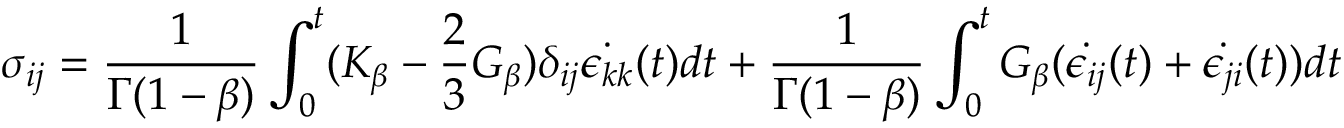
\sigma _ { i j } = \frac { 1 } { \Gamma ( 1 - \beta ) } \int _ { 0 } ^ { t } ( K _ { \beta } - \frac { 2 } { 3 } G _ { \beta } ) \delta _ { i j } \dot { \epsilon _ { k k } } ( t ) d t + \frac { 1 } { \Gamma ( 1 - \beta ) } \int _ { 0 } ^ { t } G _ { \beta } ( \dot { \epsilon _ { i j } } ( t ) + \dot { \epsilon _ { j i } } ( t ) ) d t